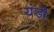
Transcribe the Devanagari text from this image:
यंडी